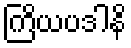
ကြိယပဒါနိ